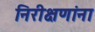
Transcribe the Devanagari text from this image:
निरीक्षणांना